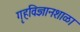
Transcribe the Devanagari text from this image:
गृहविज्ञानशाळा